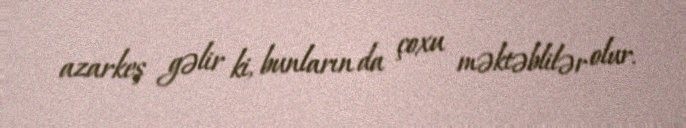
azarkeş gəlir ki, bunların da çoxu məktəblilər olur.